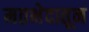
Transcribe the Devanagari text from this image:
मतभेदातून